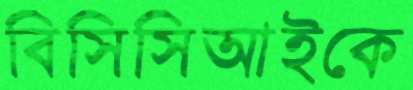
বিসিসিআইকে